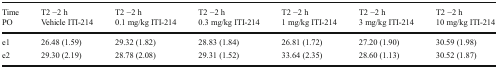
| TimePO | T2 −2 hVehicle ITI-214 | T2 −2 h0.1 mg/kg ITI-214 | T2 −2 h0.3 mg/kg ITI-214 | T2 −2 h1 mg/kg ITI-214 | T2 −2 h3 mg/kg ITI-214 | T2 −2 h10 mg/kg ITI-214 |
 | --- | --- | --- | --- | --- | --- | --- |
 | e1 | 26.48 (1.59) | 29.32 (1.82) | 28.83 (1.84) | 26.81 (1.72) | 27.20 (1.90) | 30.59 (1.98) |
 | e2 | 29.30 (2.19) | 28.78 (2.08) | 29.31 (1.52) | 33.64 (2.35) | 28.60 (1.13) | 30.52 (1.87) |